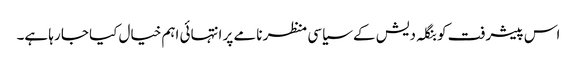
اس پیشرفت کو بنگلہ دیش کے سیاسی منظر نامے پر انتہائی اہم خیال کیا جا رہا ہے۔